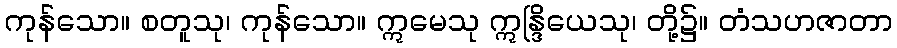
ကုန်သော။ စတူသု၊ ကုန်သော။ ဣမေသု ဣန္ဒြိယေသု၊ တို့၌။ တံသဟဇာတာ